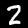
Digit: 2